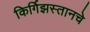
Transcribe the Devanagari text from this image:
किर्गिझस्तानचे